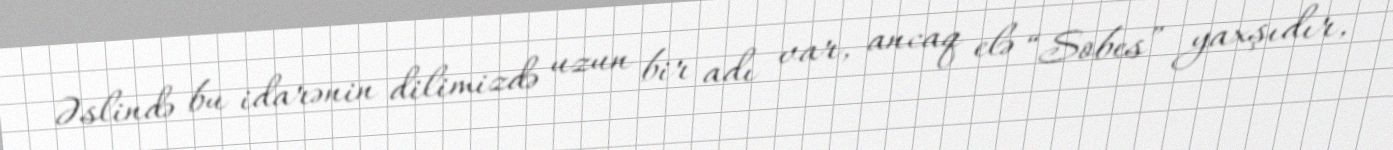
Əslində bu idarənin dilimizdə uzun bir adı var, ancaq elə “Sobes” yaxşıdır,